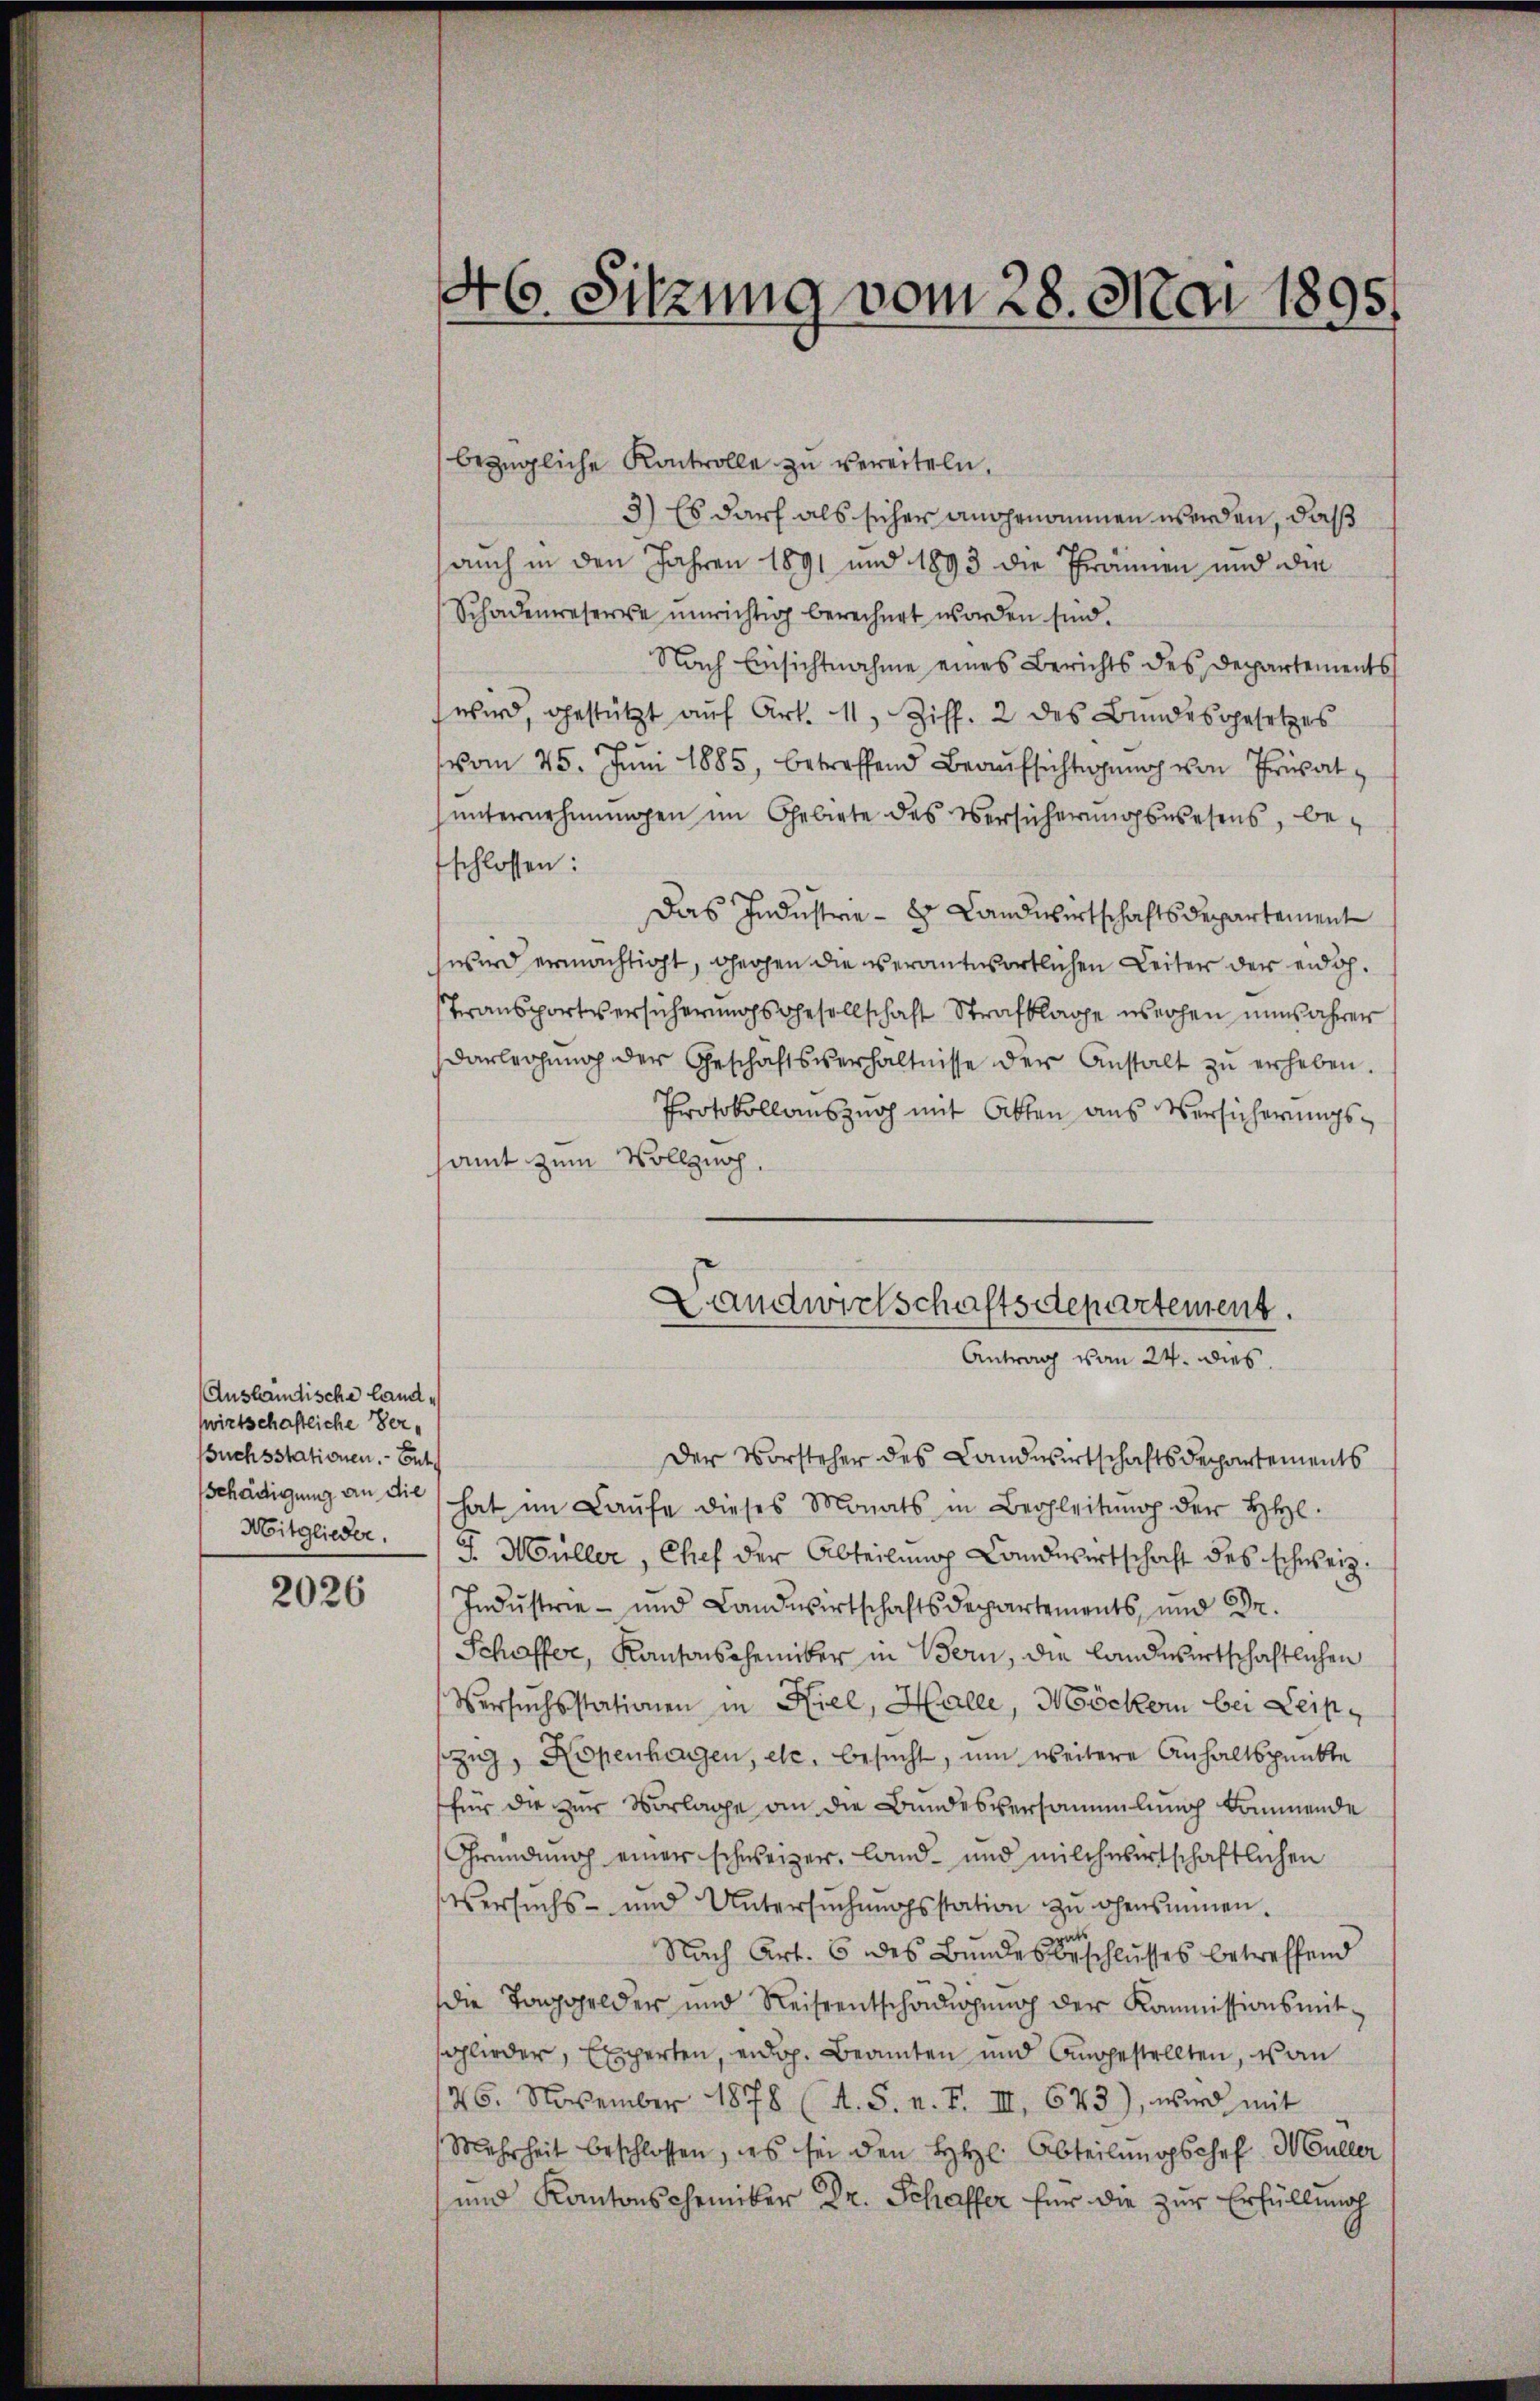
Ausländische Landwirtschaftliche Ver¬
Buchsstationen. Ent¬

2026

Der Vorsteher des Landwirtschaftsdepartements
schädigŭng an die hat im Laŭfe dieses Monats in Begleitŭng der HHe
Mitglieder. J. Müller, Chef der Abteilung Landwirtschaft des schweiz.
Industrie - und Landwirtschaftsdepartements, und Dr.
Schaffer, Kantonscheiber in Bern, die landwirtschaftlichen
Versuchsstationen in Kiel, Halle, Möckern bei Leipzŭg, Kopenhagen, etc. besucht, um weitere Anhaltspunkte
für die zur Vorlage an die Bundesversammlung kommende
Gründung einer schweizer, Land- und milch wirtschaftlichen
Versuchs- und Untersŭchŭngsstation zŭ ohensminen.
a
Nach Art. 6 des Bundesbeschlusses betreffend
die Taggelder und Reiseentschädigung der Kommissionsmit-
sglieder, Experten, eidg. Beamten und Angestellten, wan
26. November 1878 (A. S. n. F. III 643), wird mit
Mehrheit beschlossen, es sei den hl. Abteilŭngsschef Müller
und Kantonschemiker Dr. Schaffer für die zur Erfüllung

46. Sitzung vom 28. Mai 1895.

bezügliche Kontrolle zu vereiteln.
3) Es darf als sicher angenommen werden, daß
auch in den Jahren 1891 und 1893 die Prämien und die
Schadenweserve unrichtig berechnet worden sind.
Nach Einsichtnahme eines Berichts des Departements
wird, gestützt aŭf Art. 11, Ziff. 2 des Bundesgesetzes
vom 25. Juni 1885, betreffend Beaufsichtigung von Privat
unternehmungen im Gebiete des Versicherungswesens, beschlossen:
Das Industrie - 8 Landwirtschaftsdepartement
wird ermächtigt, gegen die verantwortlichen Leiter der eidg.
Transportversicherungs Gesellschaft Strafklage wechen nun fahrer
Darlegŭng der Geschäftsverhältnisse der Anstalt zŭ erheben.
Protokollauszug mit Atten aus Versicherungssamt zum Vollzug.
Landwirtschaftsdepartement.

Antrag von 24. dies